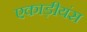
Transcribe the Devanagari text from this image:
एकाड़ीयंस